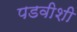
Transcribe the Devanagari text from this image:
पडवीशी